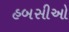
હબસીઓ